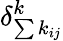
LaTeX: \delta_{\sum{k_{ij}}}^{k}